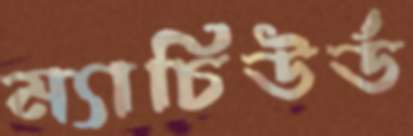
ম্যাচিউর্ড